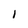
Character: l